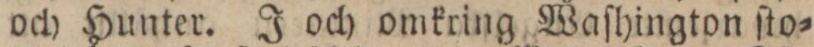
och Hunter. J och omkring Waſhington ſto=